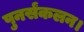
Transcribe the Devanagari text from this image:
पुनर्संकलन।